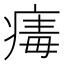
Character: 𤸚